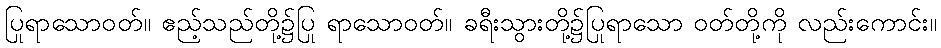
ပြုရာသောဝတ်။ ဧည့်သည်တို့၌ပြု ရာသောဝတ်။ ခရီးသွားတို့၌ပြုရာသော ဝတ်တို့ကို လည်းကောင်း။